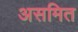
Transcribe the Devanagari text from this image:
असमित